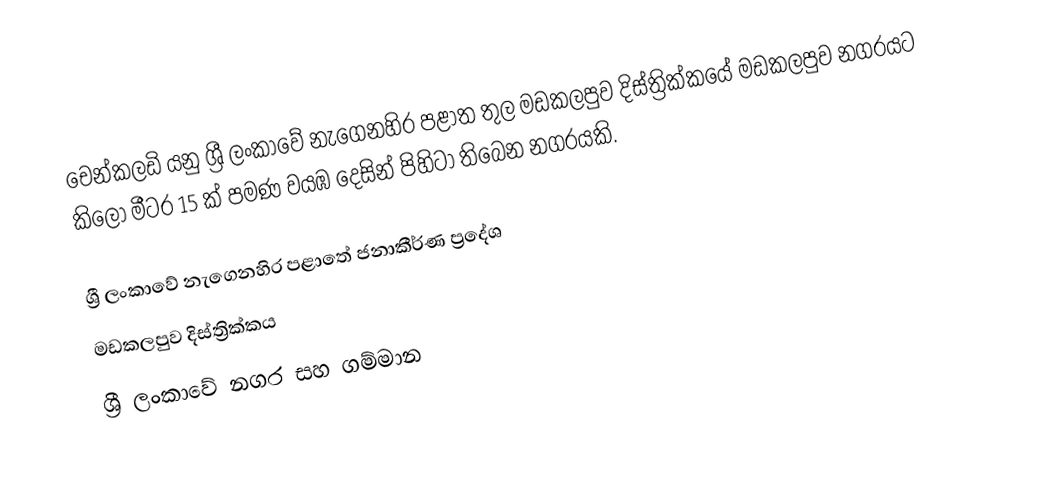
චෙන්කලඩි යනු ශ්‍රී ලංකාවේ නැගෙනහිර පළාත තුල මඩකලපුව දිස්ත්‍රික්කයේ මඩකලපුව නගරයට කිලෝ මීටර 15 ක් පමණ වයඹ දෙසින් පිහිටා තිබෙන නගරයකි.

ශ්‍රී ලංකාවේ නැගෙනහිර පළාතේ ජනාකීර්ණ ප්‍රදේශ
මඩකලපුව දිස්ත්‍රික්කය
ශ්‍රී ලංකාවේ නගර සහ ගම්මාන